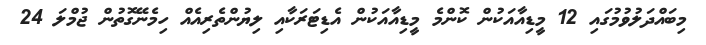
މިބައްދަލުވުމުގައި 12 މީޑިއާއަކުން ކޮންމެ މީޑިއާއަކުން އެޑިޓަރަކާއި ލިޔުންތެރިއެއް ހިމެނޭގޮތުން ޖުމްލަ 24